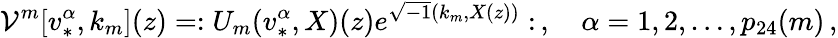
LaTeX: {\cal V}^{m}[v_{*}^{\alpha},k_{m}](z)=:U_{m}(v_{*}^{\alpha},X)(z)e^{\sqrt{-1}(k_{m},X(z))}:\, ,\quad\alpha=1,2,\ldots,p_{24}(m)\, ,